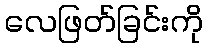
လေဖြတ်ခြင်းကို